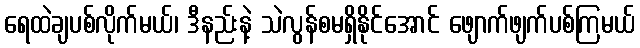
ရေထဲချပစ်လိုက်မယ်၊ ဒီနည်းနဲ့ သဲလွန်စမရှိနိုင်အောင် ဖျောက်ဖျက်ပစ်ကြမယ်